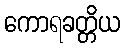
ကောရခတ္တိယ